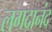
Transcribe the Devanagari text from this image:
लगदानंद